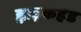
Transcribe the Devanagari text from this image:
ह्वाइकहैड